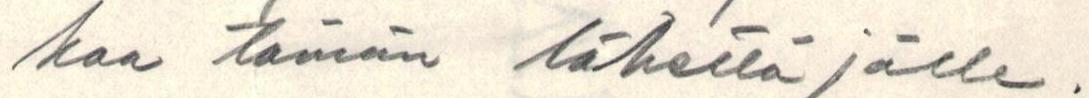
kaa tämän lähettäjälle.